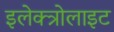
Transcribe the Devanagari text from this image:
इलेक्त्रोलाइट